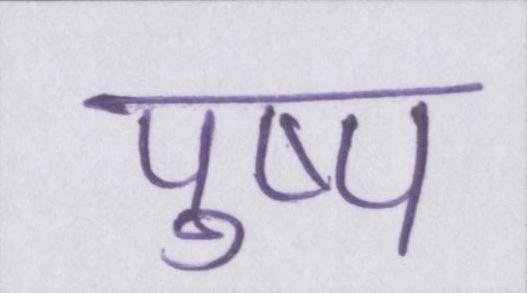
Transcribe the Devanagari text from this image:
पुष्प